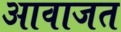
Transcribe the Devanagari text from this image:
आवाजत